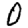
Digit: 0